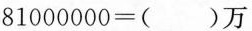
81000000=()万